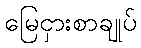
မြေငှားစာချုပ်